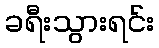
ခရီးသွားရင်း